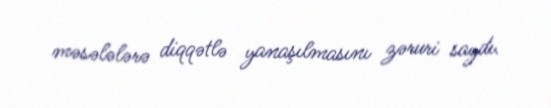
məsələlərə diqqətlə yanaşılmasını zəruri saydı.